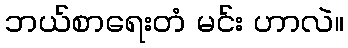
ဘယ်စာရေးတံ မင်း ဟာလဲ။